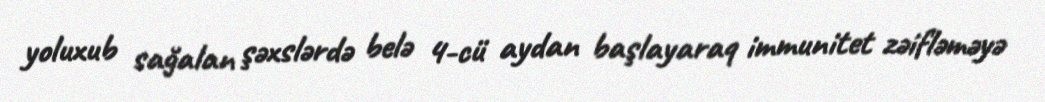
yoluxub sağalan şəxslərdə belə 4-cü aydan başlayaraq immunitet zəifləməyə